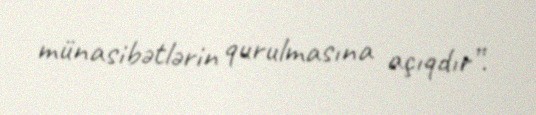
münasibətlərin qurulmasına açıqdır”.